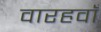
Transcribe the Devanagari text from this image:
वारहवाँ